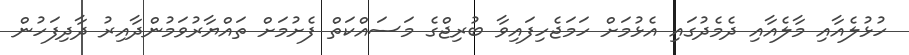
ހުޅުލެއާއި މާލެއާއި ދެމެދުގައި އެޅުމަށް ހަމަޖެހިފައިވާ ބުރިޖްގެ މަސައްކަތް ފެށުމަށް ތައްޔާރުވަމުންދާއިރު ދާދިފަހުން